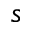
s